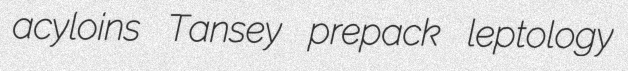
acyloins Tansey prepack leptology